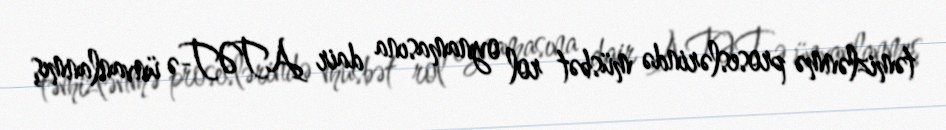
təmizlənmə proseslərində müsbət rol oynamasına dair ATƏT-ə ünvanlanmış